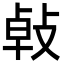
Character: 㪕